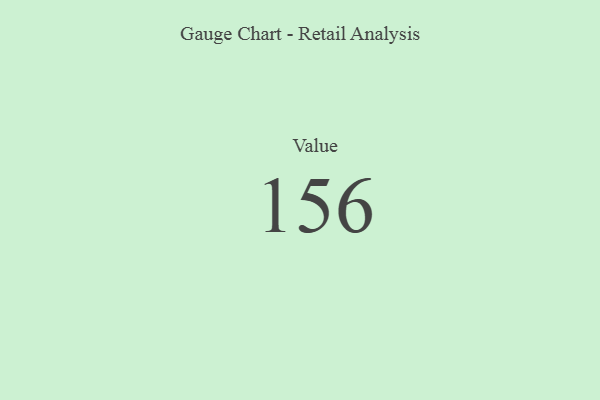
{"axis": {"x": "Metric", "y": "Value"}, "legend": [""], "data": [{"x": "Value", "y": 156, "type": ""}]}